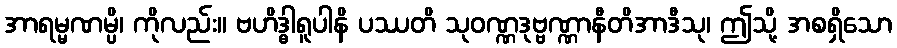
အာရမ္မဏမ္ပိ၊ ကိုလည်း။ ဗဟိဒ္ဓါရူပါနိ ပဿတိ သုဝဏ္ဏဒုဗ္ဗဏ္ဏာနီတိအာဒီသု၊ ဤသို့ အစရှိသော